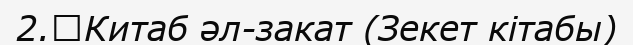
2.	Китаб әл-закат (Зекет кітабы)